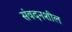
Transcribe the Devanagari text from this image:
संवदनशील